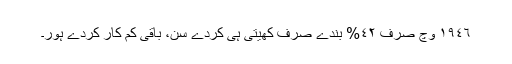
١٩٤٦ وچ صرف ٤٢% بندے صرف کھیتی ہی کردے سن، باقی کم کار کردے ہور۔